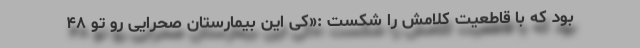
بود که با قاطعیت کلامش را شکست :«کی این بیمارستان صحرایی رو تو ۴۸